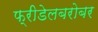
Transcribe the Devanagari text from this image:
फ्रीडेलबरोबर